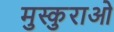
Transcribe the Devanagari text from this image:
मुस्कुराओ